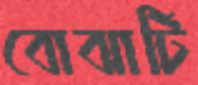
বোঝাটি